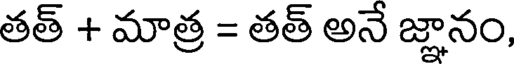
తత్ + మాత్ర = తత్ అనే జ్ఞానం,